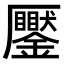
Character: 𠫎